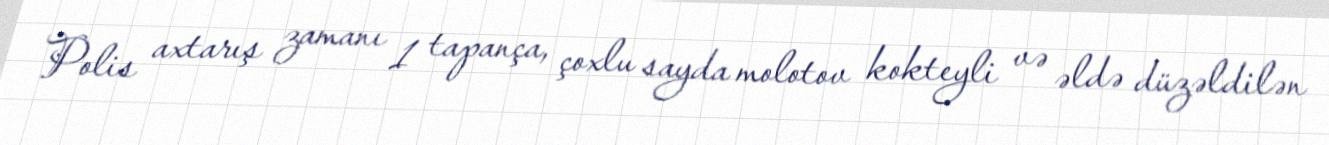
Polis axtarış zamanı 1 tapança, çoxlu sayda molotov kokteyli və əldə düzəldilən